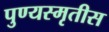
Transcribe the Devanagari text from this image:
पुण्यस्मृतीस